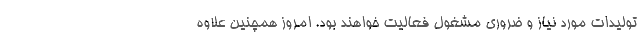
تولیدات مورد نیاز و ضروری مشغول فعالیت خواهند بود. امروز همچنین علاوه